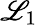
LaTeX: {{\mathscr{L}}_{1}}